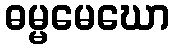
ဓမ္မမေဃော